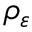
\rho _ { \varepsilon }